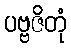
ပဗ္ဗဇိတုံ